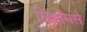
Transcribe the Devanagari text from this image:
सिंड्रोमसे